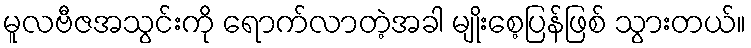
မူလဗီဇအသွင်းကို ရောက်လာတဲ့အခါ မျိုးစေ့ပြန်ဖြစ် သွားတယ်။